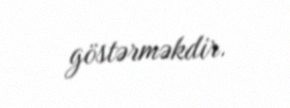
göstərməkdir.